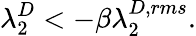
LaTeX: \lambda_{2}^{D}<-\beta\lambda_{2}^{D,rms}.